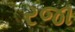
રજા